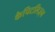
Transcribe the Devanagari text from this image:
कैपिटलिज़्म